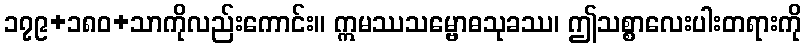
၁၇၉+၁၈၀+သာကိုလည်းကောင်း။ ဣမဿသမ္ဗောဓသုခဿ၊ ဤသစ္စာလေးပါးတရားကို